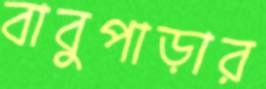
বাবুপাড়ার